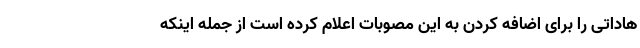
هاداتی را برای اضافه کردن به این مصوبات اعلام کرده است از جمله اینکه